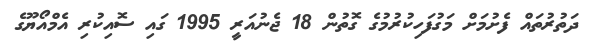
ދަތުރުތައް ފެށުމަށް މަގުފަހިކުރުމުގެ ގޮތުން 18 ޖެނުއަރީ 1995 ގައި ސޮއިކުރި އެމްއޯޔޫގެ